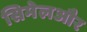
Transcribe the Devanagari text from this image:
सिमेलऔर